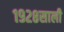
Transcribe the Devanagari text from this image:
१९२८साली